King Institute of Preventive Medicine Micro-Biological Section reports 1912-19
Year: 1912
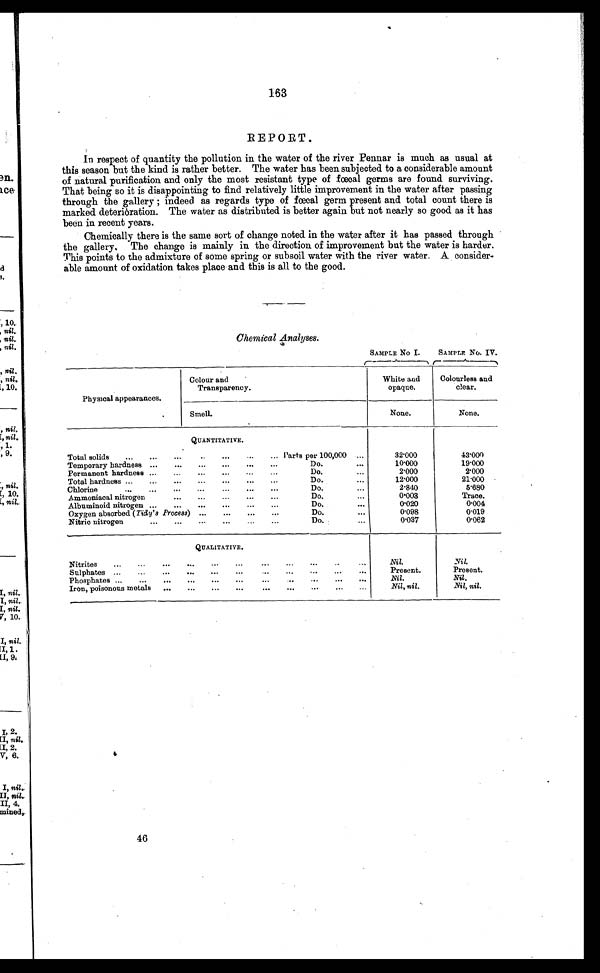
163
REPORT.
In respect of quantity the pollution in the water of the river Pennar is much as usual at
this season but the kind is rather better. The water has been subjected to a considerable amount
of natural purification and only the most resistant type of fœcal germs are found surviving.
That being so it is disappointing to find relatively little improvement in the water after passing
through the gallery ; indeed as regards type of fœcal germ present and total count there is
marked deterioration. The water as distributed is better again but not nearly so good as it has
been in recent years.
Chemically there is the same sort of change noted in the water after it has passed through
the gallery. The change is mainly in the direction of improvement but the water is harder.
This points to the admixture of some spring or subsoil water with the river water. A consider-
able amount of oxidation takes place and this is all to the good.
Chemical Analyses.
SAMPLE NO I.
SAMPLE No. IV.
Physical appearances.
Colour and
Transparency.
White and
opaque.
Colourless and
clear.
Smell.
None.
None.
QUANTITATIVE.
Total solids
...
...
...
... ... ... ...
Parts per 100,000 ....
32.000
43.000
Temporary hardness ...
...
...
...
...
...
Do.
...
10.000
19.000
Permanent hardness ...
...
...
...
...
...
Do.
...
2.000
2.000
Total hardness ...
...
...
...
...
...
Do.
...
12.000
21.000
Chlorine
... ... ... ... ... ...
Do.
...
2.840
5.680
Ammoniacal nitrogen
...
...
...
...
Do.
...
0.003
Trace.
Albuminoid nitrogen ...
...
...
...
.. . .. .
Do.
...
0.020
0.004
Oxygen absorbed (Tidy's Process) ...
...
...
...
Do.
...
0.098
0.019
Nitric nitrogen
...
...
...
. . .
...
...
Do.
...
0.037
0.062
QUALITATIVE.
Nitrites
...
...
...
...
...
...
...
...
...
... ...
Nil.
Nil.
Sulphates ...
....
...
...
...
...
...
...
...
...
...
Present.
Present.
Phosphates ...
...
...
...
...
...
...
...
...
...
Nil.
Nil.
Iron, poisonous metals ...
...
...
...
...
...
...
...
Nil, nil.
Nil, nil.
46